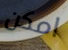
امكن